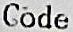
CODE